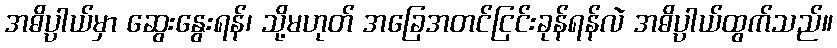
အဓိပ္ပါယ်မှာ ဆွေးနွေးရန်၊ သို့မဟုတ် အခြေအတင်ငြင်းခုန်ရန်လဲ အဓိပ္ပါယ်ထွက်သည်။